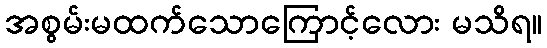
အစွမ်းမထက်သောကြောင့်လေား မသိရ။